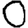
Digit: 0